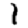
Digit: 1